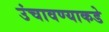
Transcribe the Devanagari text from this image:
उंचावण्याकडे